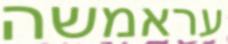
עראמשה